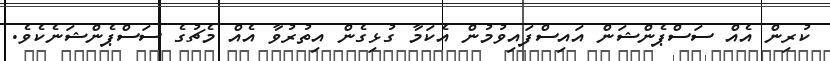
ކުރިން އެއް ސަސްޕެންޝަން އައިސްފައިވުމުން އެކަމާ ގުޅިގެން އިތުރުވާ އެއް މެޗުގެ ސަސްޕެންޝަނެކެވެ.